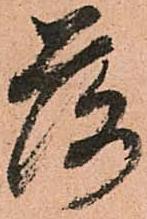
落